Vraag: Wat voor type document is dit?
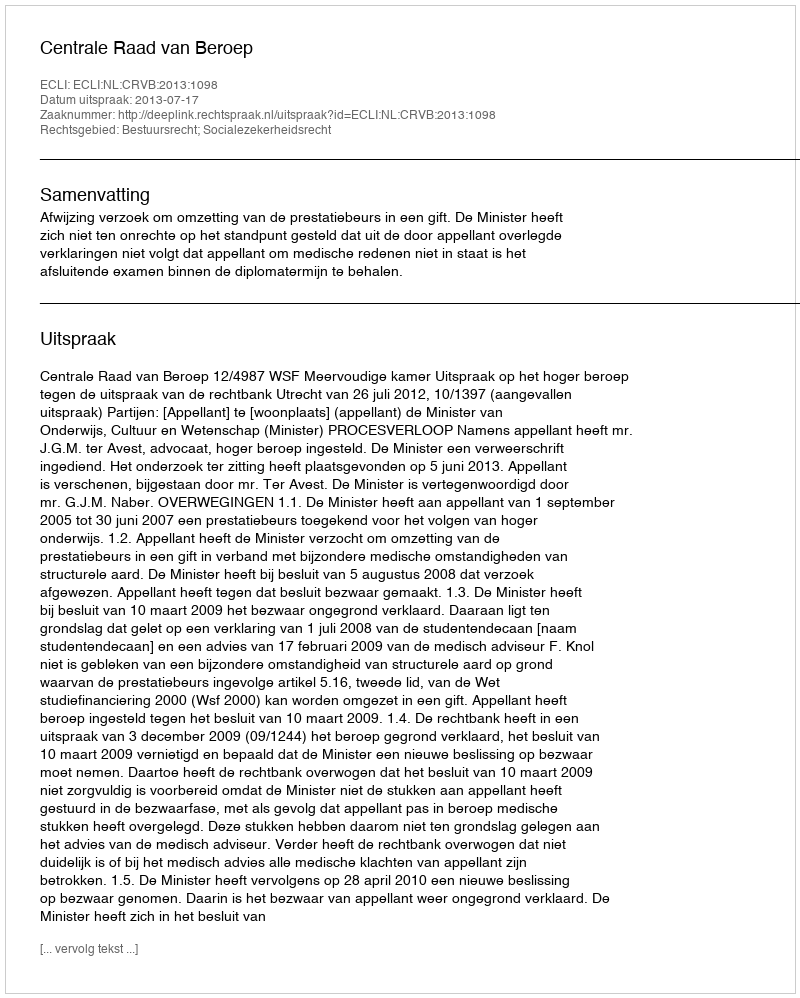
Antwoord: Uitspraak